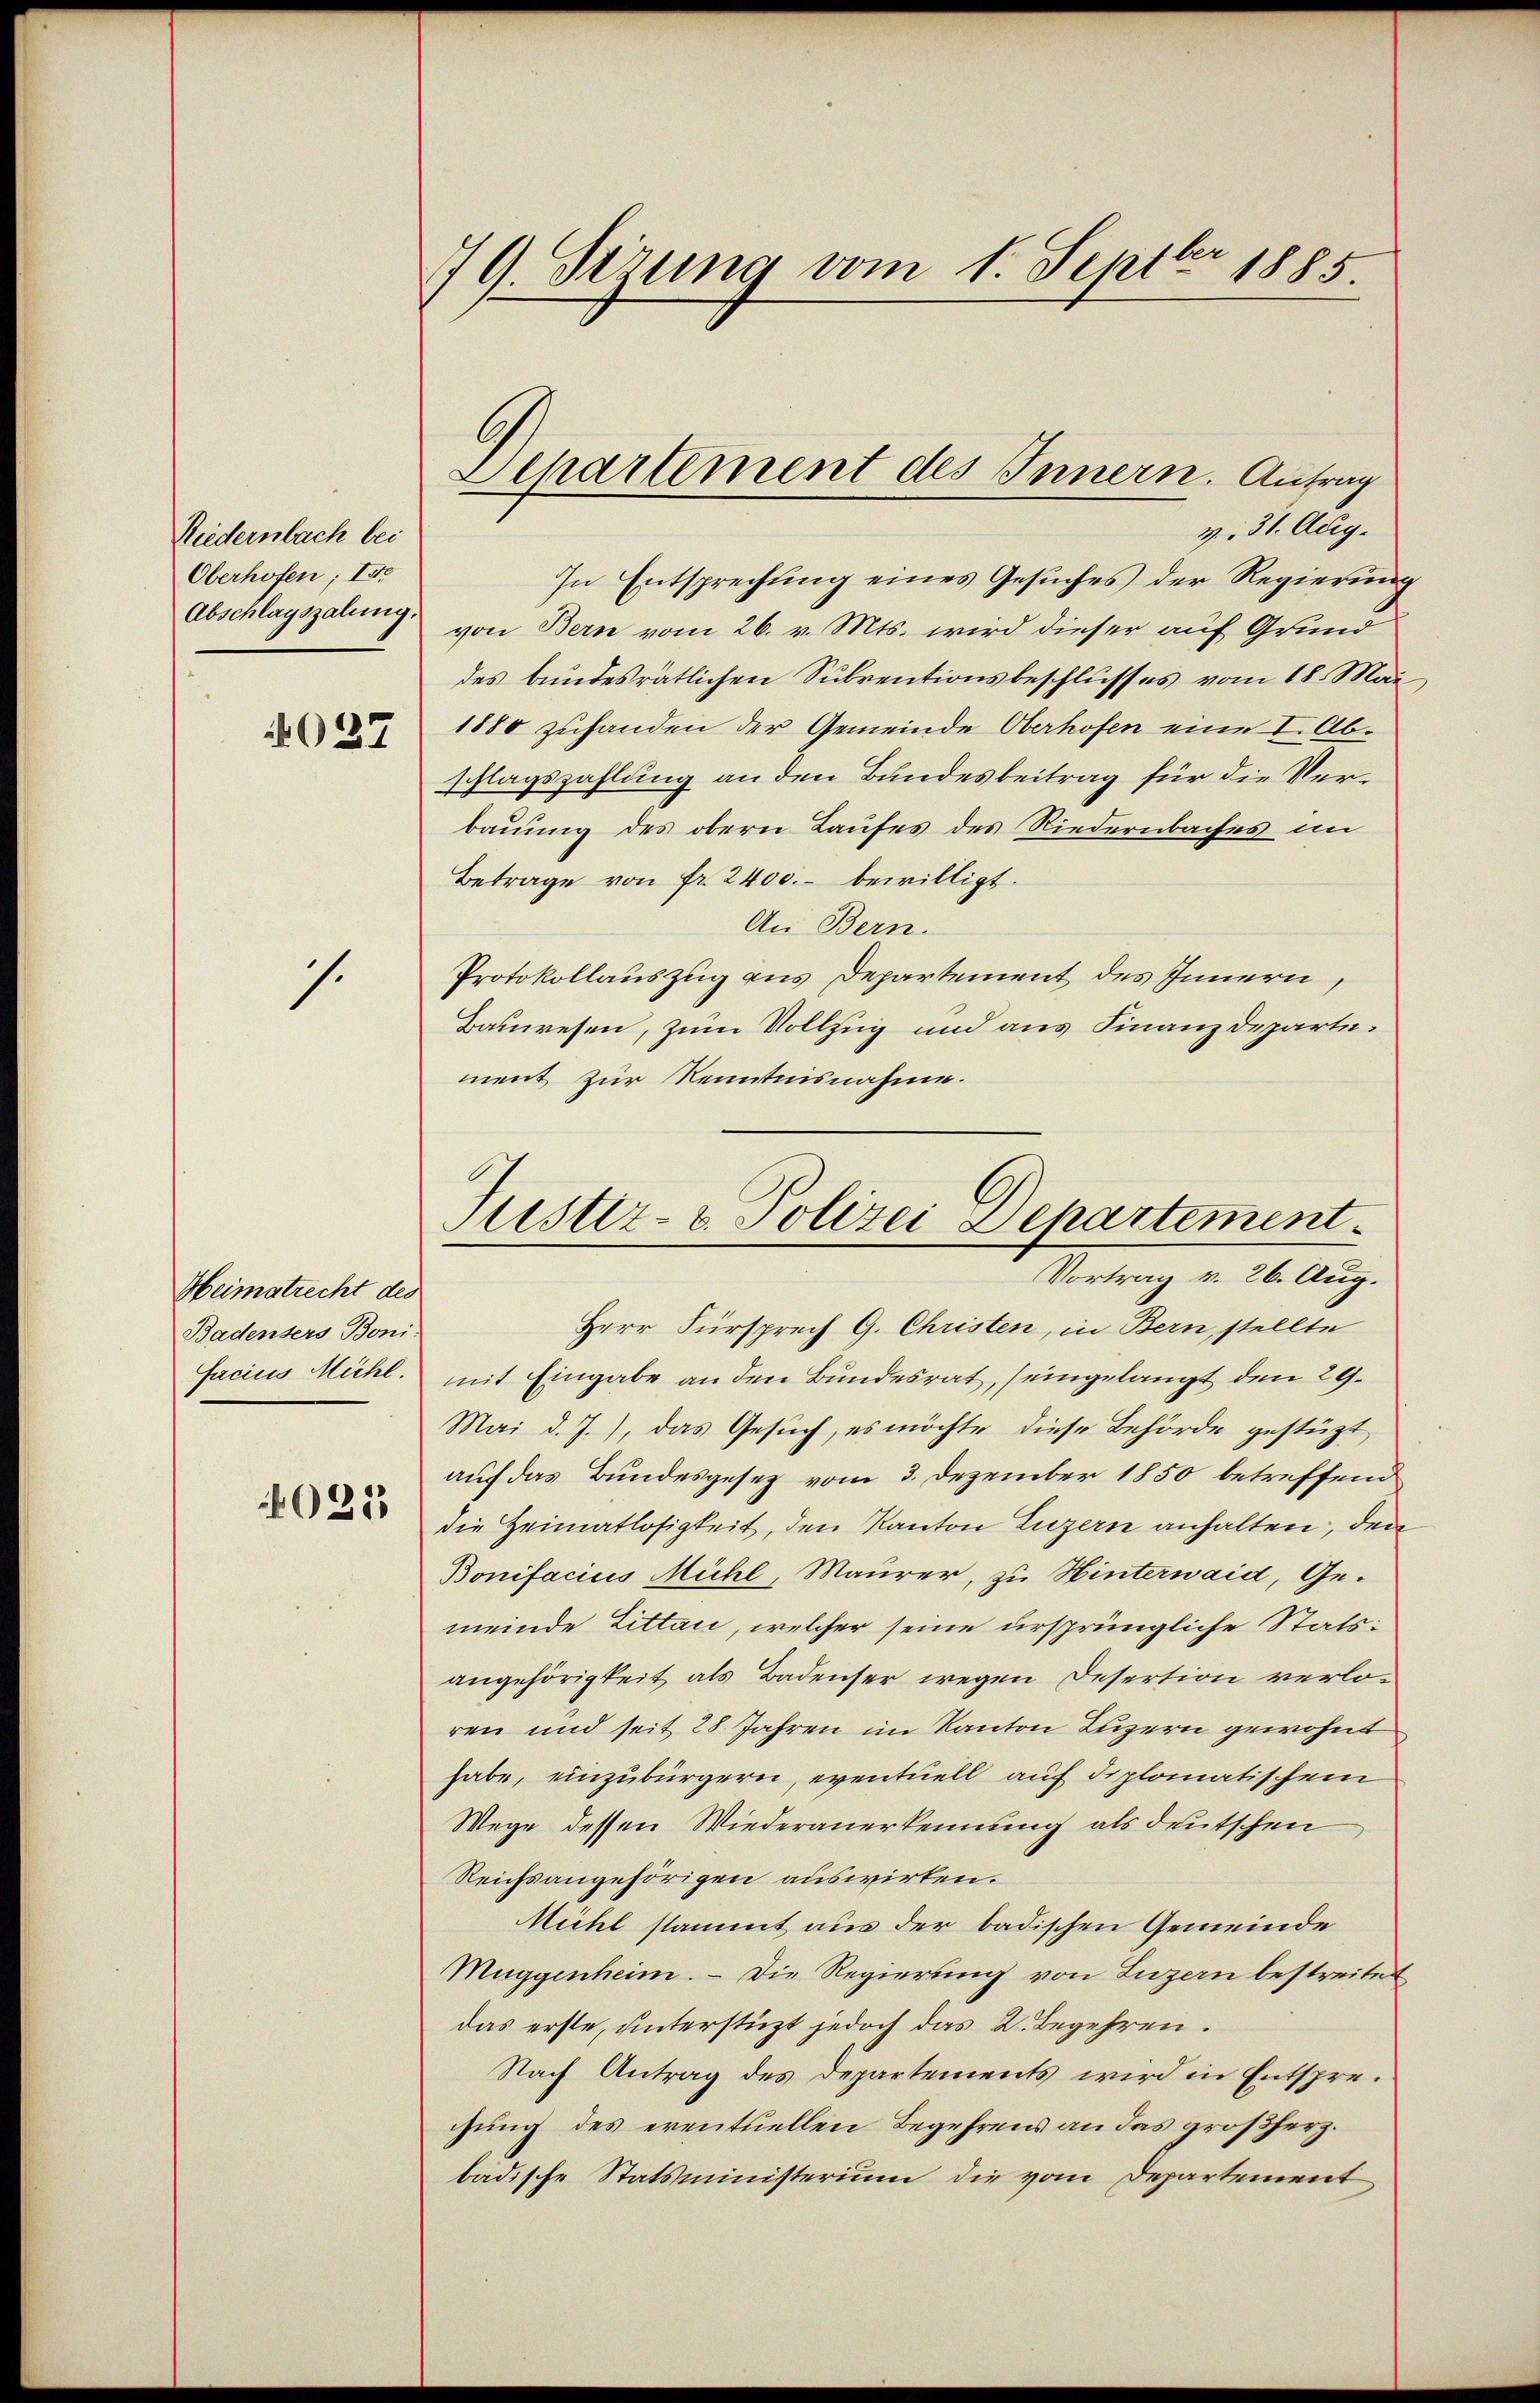
Riedernbach bei
Oberhofen; Ite
Abschlagszalung.

O27

s.

Heimatrecht des
Badensers Boni-
Facius Michl.

021

79. Sizung vom 1. Septbr 1885.

Departement des Innern. Antrag
v. 31. Aug.

In Entsprechung eines Gesuches der Regierung
von Bern vom 26. v. Mts. wird dieser auf Grund
des bundesrätlichen Subventionsbeschlusses vom 18. Mai
1880 zuhanden der Gemeinde Oberhofen eine I. Abschlagszahlung an den Bundesbeitrag für die Verbauung des obern Laufes des Niedernbaches in
Betrage von fr. 2400.- bewilligt.
An Bern.
Protokollauszug aus Departement des Innern,
Bauwesen, zum Vollzug und aus Finanzdepartement zur Kenntnisnahme.

Justiz- & Polizei Departement.
Vortrag v. 26. Aug.

Herr Fürsprech G. Christen, in Bern, stellte
mit Eingabe an den Bundesrat, (eingelangt den 29.
Mai d. J.), das Gesuch, es möchte diese Behörde gestüzt
auf das Bundesgesetz vom 3. Dezember 1850 betreffend
die Heimatlosigkeit, den Kanton Luzern anhalten, den
Bonifacius Mühl, Maurer, zu Hinterwaid, Gemeinde Zittan, welcher seine ursprüngliche Statsangehörigkeit als Badenser wegen Desertion verloren und seit 28 Jahren im Kanton Luzern gewohnt
habe, einzubürgern, eventuell auf diplomatischem
Wege dessen Wiederanerkennung als deutschen
Reichsangehörigen auswirken.
Mühl stammt aus der badischen Gemeinde
Muggenheim. — Die Regierung von Luzern bestreitet
das erste, unterstüzt jedoch das 2. Begehren.
Nach Antrag des Departements wird in Entsprechung des eventuellen Begehrens an das großherz.
badische Statsministerium die vom Departement